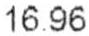
16.96